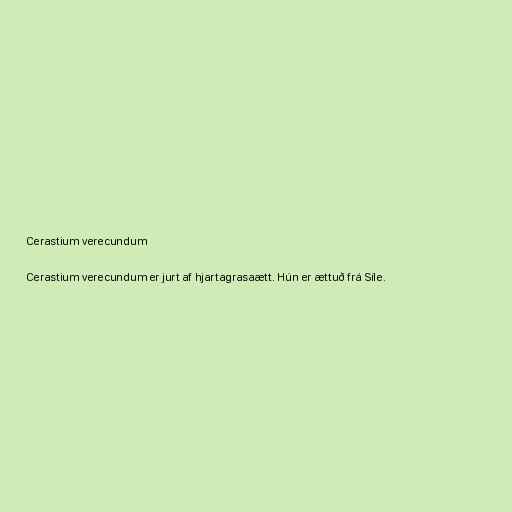
Cerastium verecundum

Cerastium verecundum er jurt af hjartagrasaætt. Hún er ættuð frá Síle.